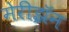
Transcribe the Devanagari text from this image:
मेरीझॅन